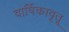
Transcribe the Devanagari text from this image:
वार्षिकावृतू